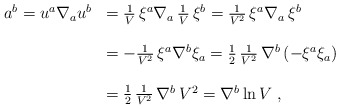
\begin{align*}\begin{array}{ll}a^{b}=u^{a}\nabla_{a}u^{b}&={1\over V}\,\xi^{a}\nabla_{a}\,{1\over V}\,\xi^{b}={1\over V^2}\,\xi^{a}\nabla_{a}\,\xi^{b}\\\\&=-{1\over V^2}\,\xi^{a}\nabla^{b}\xi_{a}={1\over2}\,{1\over V^2}\,\nabla^{b}\left(-\xi^{a}\xi_{a}\right)\\\\&={1\over2}\,{1\over V^2}\,\nabla^{b}\,V^2=\nabla^{b}\ln V\;,\end{array}\end{align*}